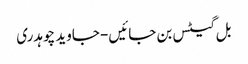
بل گیٹس بن جائیں- جاوید چوہدری